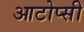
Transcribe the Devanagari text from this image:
आटोप्सी